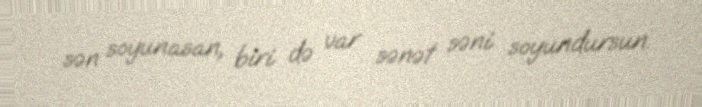
sən soyunasan, biri də var sənət səni soyundursun.